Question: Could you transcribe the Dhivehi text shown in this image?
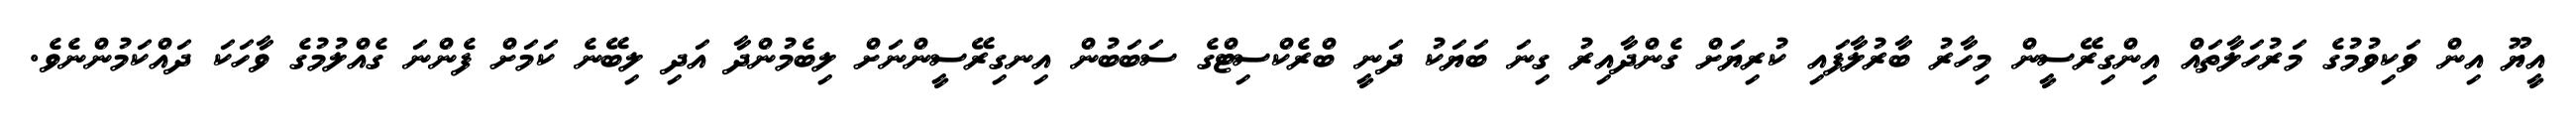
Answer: އީޔޫ އިން ވަކިވުމުގެ މަރުހަލާތައް އިންގިރޭސީން މިހާރު ބާރުލާފައި ކުރިޔަށް ގެންދާއިރު ގިނަ ބަޔަކު ދަނީ ބްރެކްސިޓްގެ ސަބަބުން އިނގިރޭސީންނަށް ލިބެމުންދާ އަދި ލިބޭނެ ކަމަށް ފެންނަ ގެއްލުމުގެ ވާހަކަ ދައްކަމުންނެވެ.